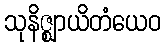
သုနိဇ္ဈာယိတံယေဝ